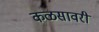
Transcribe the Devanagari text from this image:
कळसावरी